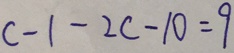
c - 1 - 2 c - 1 0 = 9